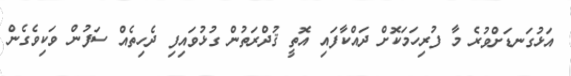
އަޅުގަނޑަށްވުރެ މާ ފުރިހަމަކޮށް ދައްކާފައި އޮތީ ޤުދްރަތުން ގުޅުވައިފި ދެހިތެއް ސަފުން ވަކިވެގެން